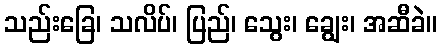
သည်းခြေ၊ သလိပ်၊ ပြည်၊ သွေး၊ ချွေး၊ အဆီခဲ။